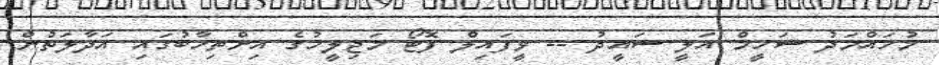
މުހައްމަދު ޝަހީމް އަލީ ސައީދު -- ވީފައިލް ފޮޓޯ މަޖިލީހުގެ އިންތިހާބުގައި އަދާލަތުން